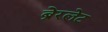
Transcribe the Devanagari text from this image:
ब्रेरलेट